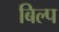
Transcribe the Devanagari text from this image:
बिल्प